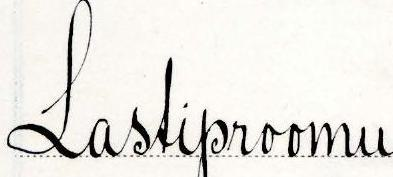
Lastiproomu